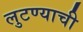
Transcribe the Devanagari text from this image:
लुटण्याची